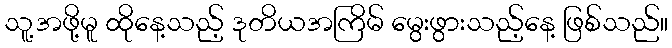
သူ့အဖို့မူ ထိုနေ့သည့် ဒုတိယအကြိမ် မွေးဖွားသည့်နေ့ ဖြစ်သည်။